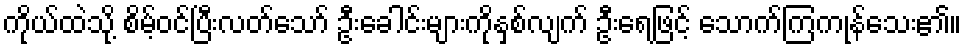
ကိုယ်ထဲသို့ စိမ့်ဝင်ပြီးလတ်သော် ဦးခေါင်းများကိုနှစ်လျက် ဦးရေဖြင့် သောက်ကြကုန်သေး၏။